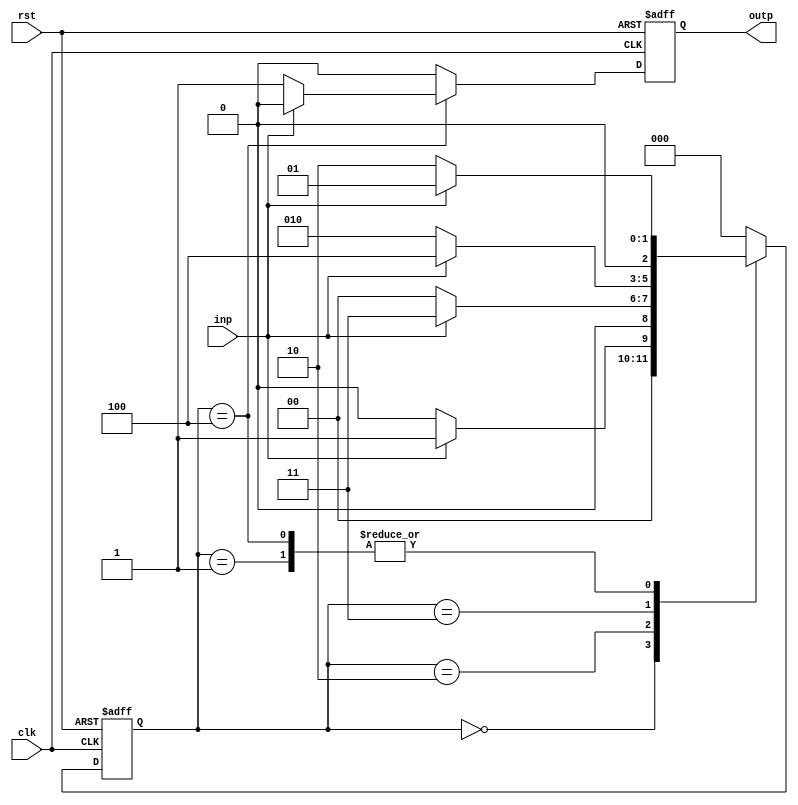
module seq_detect( clk, rst, inp, outp);
    input clk, rst, inp;
    output outp;
    reg [2:0] state;
    reg outp;
    always @( posedge clk, posedge rst ) 
        begin
            if( rst ) 
                begin
                    state <= 3'b000;
                    outp <= 0;
                end
            else 
                begin
                    case( state )
                        3'b000: 
                            begin
                                if( inp ) 
                                    begin
                                        state <= 3'b001;
                                        outp <= 0;
                                    end
                                else 
                                    begin
                                        state <= 3'b000;
                                        outp <= 0;
                                    end
                            end
                        3'b001: 
                            begin
                                if( inp ) 
                                    begin
                                        state <= 3'b001;
                                        outp <= 0;
                                    end
                                else 
                                    begin
                                        state <= 3'b010;
                                        outp <= 0;
                                    end
                            end
                        3'b010: 
                            begin
                                if( inp ) 
                                    begin
                                        state <= 3'b011;
                                        outp <= 0;
                                    end
                                else 
                                    begin
                                        state <= 3'b000;
                                        outp <= 0;
                                    end
                            end
                        3'b011: 
                            begin
                                if( inp ) 
                                    begin
                                        state <= 3'b100;
                                        outp <= 0;
                                    end
                                else 
                                    begin
                                        state <= 3'b010;
                                        outp <= 0;
                                    end
                            end
                        3'b100: 
                            begin
                                if( inp ) 
                                    begin
                                        state <= 3'b001;
                                        outp <= 0;
                                    end
                                else 
                                    begin
                                        state <= 3'b010;
                                        outp <= 1;
                                    end
                            end
                            
                        default: 
                            begin
                                state <= 3'b000;
                                outp <= 0;
                            end
                    endcase
                end
        end
endmodule
// Test Bench

module testDetectSeq;
    reg clk, rst, inp;
    wire outp;
    reg[15:0] sequence;
    integer i;
    seq_detect duty( clk, rst, inp, outp);
    initial
        begin
            clk = 0;
            rst = 1;
            sequence = 16'b0101_0110_1101_0010;
            #5 rst = 0;
            for( i = 0; i <= 15; i = i + 1)
                begin
                    inp = sequence[i];  //predecided sequence of length 16
                    #2 clk = 1;
                    #2 clk = 0;
                    $display("State = ", duty.state, " Input = ", inp, ", Output = ",outp);
                end
            testing;
        end
    task testing;
        for( i = 0; i <= 15; i = i + 1)
            begin
                inp = $random % 2;  //random sequence of for 16 times
                #2 clk = 1;
                #2 clk = 0;
                $display("State = ", duty.state, " Input = ", inp, ", Output =", outp);
            end
    endtask
endmodule